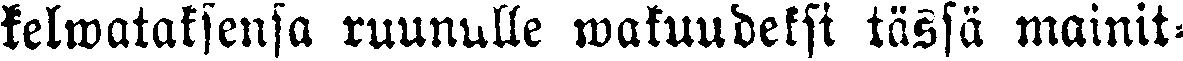
kelwataksensa ruunulle wakuudeksi tässä mainit-